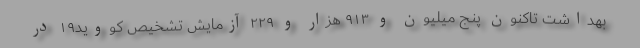
بهداشت تاکنون پنج میلیون و ۹۱۳ هزار و ۲۲۹ آزمایش تشخیص کووید۱۹ در